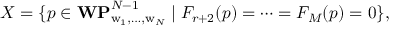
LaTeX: X = \{ p \in { \bf W P } _ { \mathrm { w } _ { 1 } , \ldots , \mathrm { w } _ { N } } ^ { N - 1 } \mid F _ { r + 2 } ( p ) = \cdots = F _ { M } ( p ) = 0 \} ,